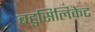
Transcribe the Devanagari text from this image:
बहुसिलिकेट